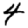
Digit: 4